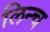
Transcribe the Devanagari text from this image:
लिन्च